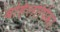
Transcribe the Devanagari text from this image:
बहिर्लापिका